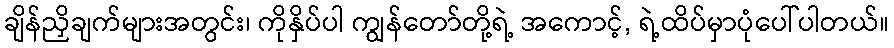
ချိန်ညှိချက်များအတွင်း၊ ကိုနှိပ်ပါ ကျွန်တော်တို့ရဲ့ အကောင့်, ရဲ့ထိပ်မှာပုံပေါ်ပါတယ်။